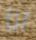
انا